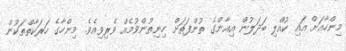
މިންހާއަށް އައި ކުއްލި ބަދަލުން އިއާންގެ ތުންފަތަށް ހިނިތުންވުމެއް ވެރިވިއެވެ. މިންހާގެ ހަރަކާތްތަކުން